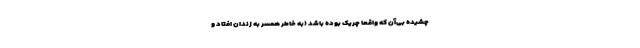
چشیده بی‌آن که واقعا چریک بوده باشد (به خاطر همسر به زندان افتاد و